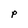
Character: P